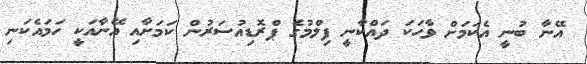
އޭނާ ބުނީ އެކަމަށް ވާހަކަ ދައްކާނީ ފިލްމުގެ ޕްރޮޑިއުސަރުން ކަމަށާއި އޭނާއަކީ ހަމައެކަނި